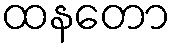
ထနတော